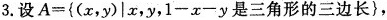
3.设A={(x，y)|x，y，1-x-y是三角形的三边长}，